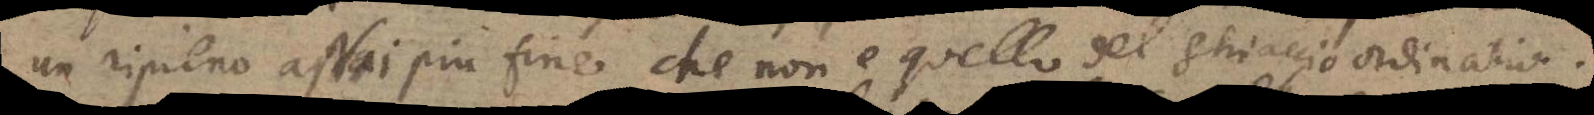
un ripieno assai piu fine che non e quello del ghiaccio ordinario.